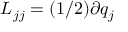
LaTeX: L _ { j j } = ( 1 / 2 ) \partial q _ { j }